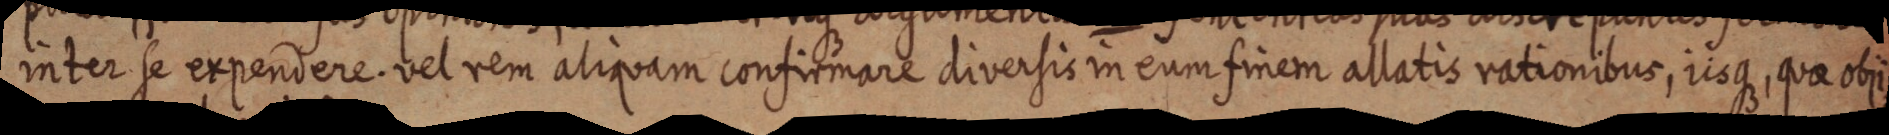
inter se expendere. vel rem aliquam confirmare diversis in eum finem allatis rationibus, iisque, quae obji